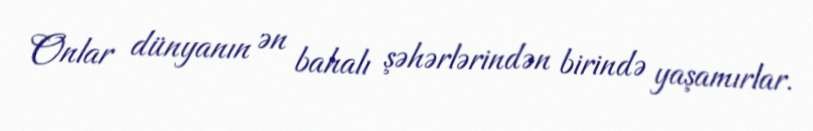
Onlar dünyanın ən bahalı şəhərlərindən birində yaşamırlar.